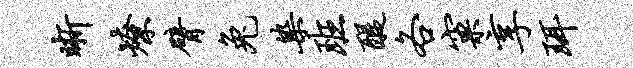
晰燎臂兔染班醍各窠享珥